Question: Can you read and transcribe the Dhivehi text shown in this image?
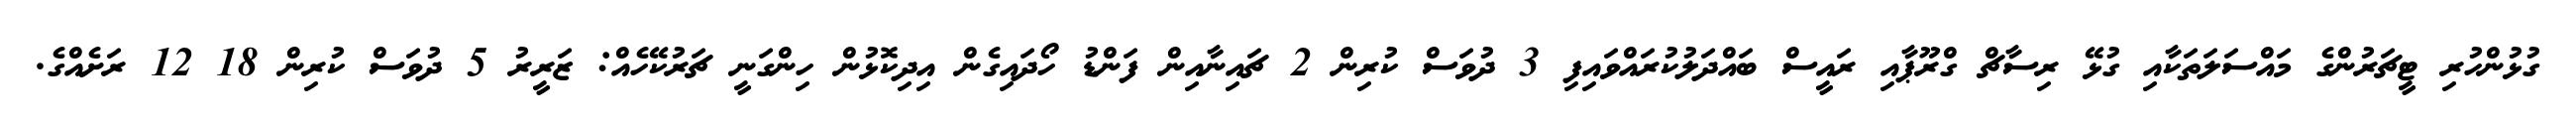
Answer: ގުޅުންހުރި ޓީޗަރުންގެ މައްސަލަތަކާއި ގުޅޭ ރިސާޗް ގްރޫޕާއި ރައީސް ބައްދަލުކުރައްވައިފި 3 ދުވަސް ކުރިން 2 ޗައިނާއިން ފަންޑު ހޯދައިގެން އިދިކޮޅުން ހިންގަނީ ޗަރުކޭހެއް: ޒަރީރު 5 ދުވަސް ކުރިން 18 12 ރަށެއްގެ.